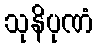
သုနိပုဏံ